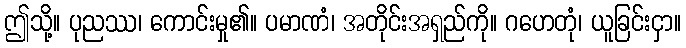
ဤသို့။ ပုညဿ၊ ကောင်းမှု၏။ ပမာဏံ၊ အတိုင်းအရှည်ကို။ ဂဟေတုံ၊ ယူခြင်းငှာ။